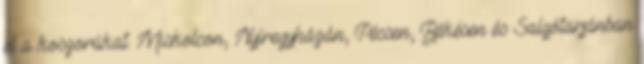
el a koszorúkat. Miskolcon, Nyíregyházán, Pécsen, Békésen és Salgótarjánban